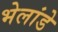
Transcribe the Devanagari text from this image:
भेलांडे